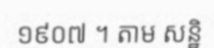
១៩០៧ ។ តាម សន្ឋិ